Vaccination North-Western Provinces and Oudh 1896-1901 - 1896-1901
Year: 1896
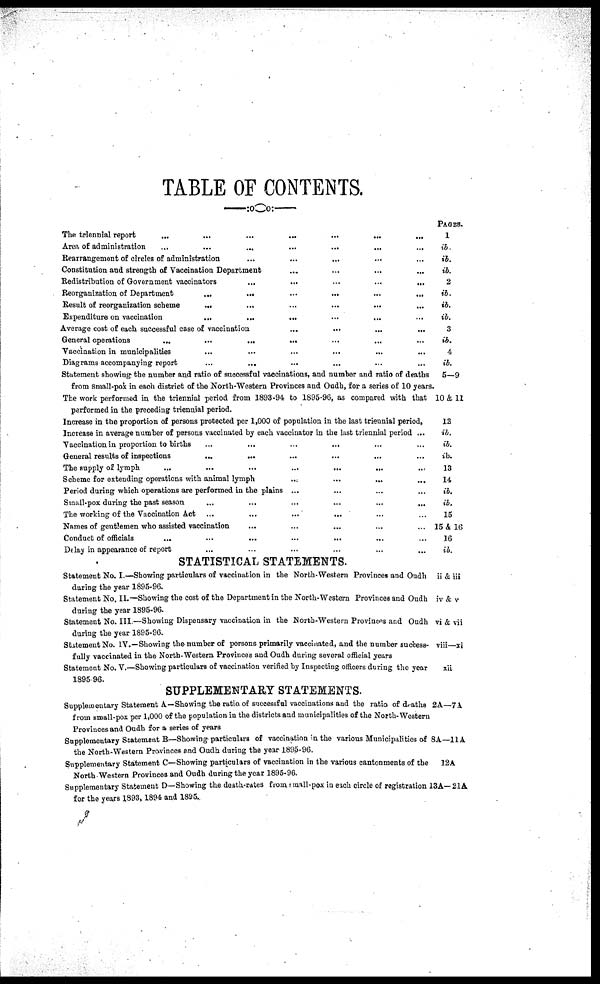
TABLE OF CONTENTS.
The t ri enni al r epor t ... ... ... ... ... ... ...
Ar ea of admi ni st r at i on ... ... ... ... ... ... ...
Rear r angement of ci rcl es of admi ni st r at i on ... ... ... ... ... ... ...
Const i t ut i on and st r engt h of Vacci nat i on Depar t
ment ... ... ... ... ...
Redi st r i but i on of Gover nment vacci nat or s ... ... ... ... ... ... ...
Reor gani zat i on of Depar t
ment ... ... ... ... ... ...
Resul t of r eor gani zat i on s cheme ... ... ... ... ... ... ...
Expendi t ur e on vacci nat i on
... ... ... ... ... ... ...
Aver age cost of each successf ul case of vacci nat i on ... ... ... ... ... ... ...
Gener al oper at i ons ... ... ... ... ... ... ...
Vacci nat i on i n muni ci pal i t i es ... ... ... ... ... ... ...
Di agr ams accompanyi ng r epor t ... ... ... ... ... ... ...
St at ement s howi ng t he number and rat i o of successf ul vacci nat i ons, and number and rat i o of deat hs
f r om smal l - pox i n each di st ri ct of t he Nor t h- West er n Pr ovi nces and Oudh, f or a ser i es of 10 year s.
The wor k per f or med i n t he t ri enni al per i od f r om 1893- 94 t o 1895- 96, as compar ed wi t h t hat
per f or med i n t he pr ecedi ng t ri enni al per i od. ... ... ... ... ... ... ...
I ncr ease i n t he pr opor t i on of per sons pr ot ect ed per 1, 000 of popul at i on i n t he l ast t ri enni al per i od.
I ncr ease i n aver age number of per sons vacci nat ed by each vacci nat or i n t he l ast t ri enni al per i od ...
Vacci nat i on i n pr opor t i on t o bi rt hs ... ... ... ... ... ... ...
Gener al resul t s of i nspect i ons ... ... ... ... ... ... ...
The suppl y of l
ymph ... ... ... ... ... ... ...
Scheme f or ext endi ng oper at i ons wi t h ani mal l
ymph ... ... ... ... ... ... ...
Per i od dur i ng whi ch oper at i ons ar e per f or med i n t he pl ai ns ... ... ... ... ... ... ...
Smal l
- pox dur i ng t he past season ... ... ... ... ... ... ...
The wor ki ng of t he Vacci nat i on Act ... ... ... ... ... ... ...
Names of gent l
emen who assi st ed vacci nat i on ... ... ... ... ... ... ...
Conduct of of f i ci al s ... ... ... ... ... ... ...
Del ay i n appear ance of r epor t ... ... ... ... ... ... ...
STATI STI CAL STATEMENTS.
St at ement No. I .
—Showi ng part i cul ars of vacci nat i on i n t he Nor t
h- West er n Pr ovi nces and Oudh
dur i ng t he year 1895- 96.
St at ement No. I I .
—Showi ng t he cost of t he Depar t
ment i n t he Nor t
h- West er n Pr ovi nces and Oudh
dur i ng t he year 1895- 96.
St at ement No. I I I .
—Showi ng Di spensar y vacci nat i on i n t he Nor t
h- West er n Pr ovi nces and Oudh
dur i ng t he year 1895- 96.
St at ement No. I V. —Showi ng t he number of per sons pr i mar i l y vacci nat ed, and t he number success-
f ul l y vacci nat ed i n t he Nor t
h- West er n Pr ovi nces and Oudh dur i ng sever al of f i ci al year s.
St at ement No. V. —Showi ng part i cul ars of vacci nat i on ver i f i ed by I nspect i ng of f i cer s dur i ng t he year
1895- 96.
SUPPLEMENTARY STATEMENTS.
Suppl ement ar y St at ement A—Showi ng t he rat i o of successf ul vacci nat i ons and t he rat i o of deat hs
f r om smal l
- pox per 1, 000 of t he popul at i on i n t he di st ri ct s and muni ci pal i t i es of t he Nor t
h- West er n
Pr ovi nces and Oudh f or a ser i es of year s.
Suppl ement ar y St at ement B—Showi ng part i cul ars of vacci nat i on i n t he var i ous Muni ci pal i t i es of
t he Nor t
h- West er n Pr ovi nces and Oudh dur i ng t he year 1895- 96.
Suppl ement ar y St at ement C—Showi ng part i cul ars of vacci nat i on i n t he var i ous cant onment s of t he
Nor t h West er n Pr ovi nces and Oudh dur i ng t he year 1895- 96.
Suppl ement ar y St at ement D—Showi ng t he deat h- r at es f r om smal l - pox i n each ci rcl e of regi st rat i on
f or t he year s 1893, 1894 and 1895.
PAGES. 1
ib. ib.
ib.
2
ib.
ib.
ib. 3
ib. 4
ib.
5 —9
10 & 11
12
ib. ib.
ib. 13
14
ib.
ib. 15
15 & 16
16
ib.
ii & iii
i v & v
vi & vi i
vi i i —xi
xi i
2 A—7 A
8 A—1 1 A
12A
13A- 21A